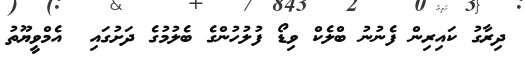
ދިރާގު ކައިރިން ފެނުނު ބްލެކް ވިޑޯ ފުލުހުންގެ ބެލުމުގެ ދަށުގައި  އެމްވީޔޫތު